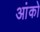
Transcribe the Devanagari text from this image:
आंको